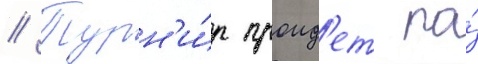
// Турн'и́р проид'ет по́